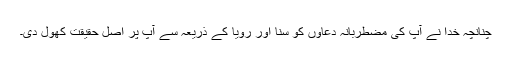
چنانچہ خدا نے آپؐ کی مضطربانہ دعاؤں کو سنا اور رؤیا کے ذریعہ سے آپؐ پر اصل حقیقت کھول دی۔